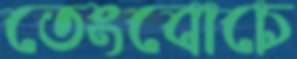
তেংবোচে